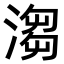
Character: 𣺥